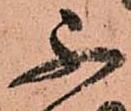
不